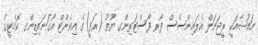
ނައުޝާއަކީ ރީޖަނަލް އެލައިންސެސް ފޯރ ފޯސްޓަރިންގ ޔޫތު (ރަފީ)ގެ އިވެންޓް އޯގަނައިޒިންގ ކޮމެޓީގެ